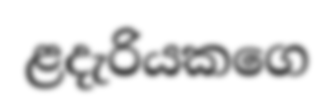
ළදැරියකගෙ